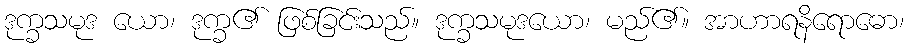
ဒုက္ခသမုဒ ယော၊ ဒုက္ခ၏ ဖြစ်ခြင်းသည်။ ဒုက္ခသမုဒယော၊ မည်၏။ အာဟာရနိရောဓော၊